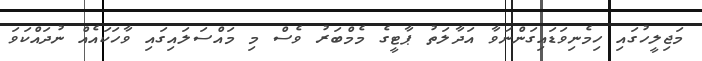
މަޖިލީހުގައި ހިމެނިވަޑައިގަންނަވާ އަދާލަތު ޕާޓީގެ މެމްބަރު ވެސް މި މައްސަލައިގައި ވާހަކައެއް ނުދައްކަވަ